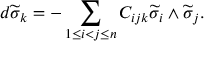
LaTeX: d \widetilde { \sigma } _ { k } = - \sum _ { 1 \leq i < j \leq n } C _ { i j k } \widetilde { \sigma } _ { i } \wedge \widetilde { \sigma } _ { j } .